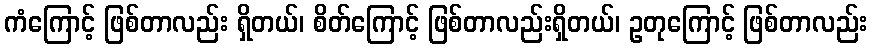
ကံကြောင့် ဖြစ်တာလည်း ရှိတယ်၊ စိတ်ကြောင့် ဖြစ်တာလည်းရှိတယ်၊ ဥတုကြောင့် ဖြစ်တာလည်း